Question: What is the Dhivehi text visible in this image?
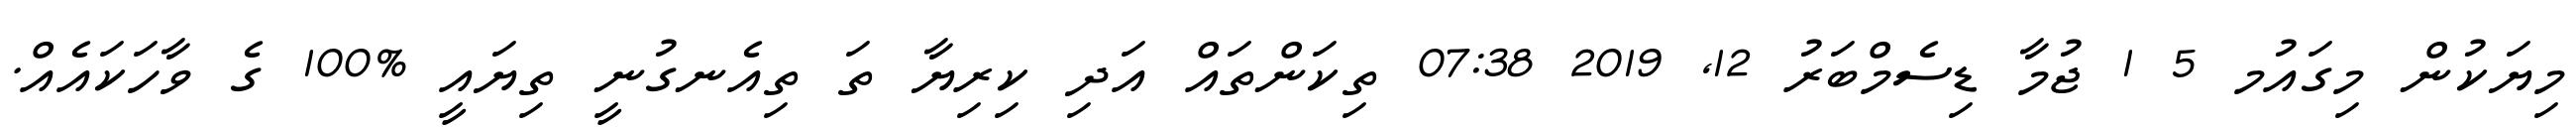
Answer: މިޔަކުން މިގައުމ 5 1 ޖުމާ ޑިސެމްބަރު 12, 2019 07:38 ތިކަންތައް އަދި ކިރިޔާ ތަ ތިއެނގުނީ ތިޔައީ %100 ގެ ވާހަކައެއް.